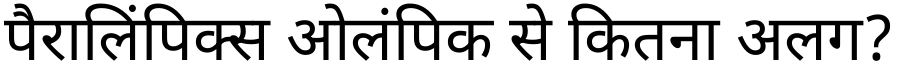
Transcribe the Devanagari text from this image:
पैरालिंपिक्स ओलंपिक से कितना अलग?